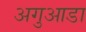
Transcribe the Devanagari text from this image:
अगुआडा